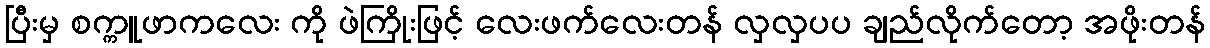
ပြီးမှ စက္ကူဖာကလေး ကို ဖဲကြိုးဖြင့် လေးဖက်လေးတန် လှလှပပ ချည်လိုက်တော့ အဖိုးတန်